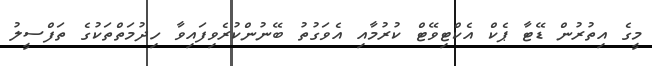
މީގެ އިތުރުން ޑޭޓާ ޕެކް އެކްޓިވޭޓް ކުރުމާއި އެވަގުތު ބޭނުންކުރެވިފައިވާ ހިދުމަތްތަކުގެ ތަފްސީލު